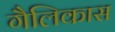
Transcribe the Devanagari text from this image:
गैलिकास